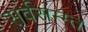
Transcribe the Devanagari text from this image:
सर्वसम्म्त